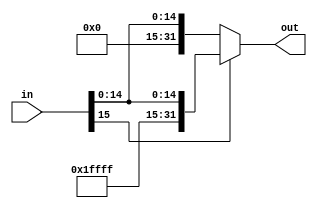
`timescale 1ns / 1ps
////////////////////////////////////////////////////////////////////////////////
// Last Edits: Nirmal Kumbhare, Ali Akoglu
// 
// Module - SignExtension.v
// Description - Sign extension module.  
// If the most significant bit of in (in[15]) = 0, 
//create the 32-bit "out" output by making out[15:0] equal to "in" and make other bits (bits 16 to 31) to 0
// If the most significant bit of in (in[15]) = 1, 
//create the 32-bit "out" output by making out[15:0] equal to "in" and make other bits to 1
////////////////////////////////////////////////////////////////////////////////
module SignExtension(in, out);

    /* A 16-Bit input word */
    input [15:0] in;
    
    /* A 32-Bit output word */
    output reg [31:0] out;   //using always @
    //output [31:0] out;   //using assign statement
    
    parameter ONES = 16'b1111111111111111, ZEROES = 16'd0;
    
    always @(in) begin
        if ((in[15]) == 0) begin
            out <= {ZEROES, in};
        end
        else begin
            out <= {ONES, in};
        end
    end

endmodule